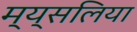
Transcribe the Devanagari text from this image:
म्य्सलिया